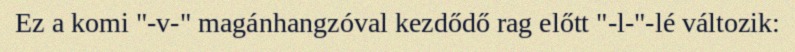
Ez a komi "-v-" magánhangzóval kezdődő rag előtt "-l-"-lé változik: